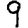
Digit: 9